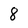
Character: 8